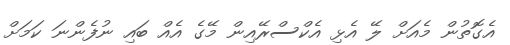
އެގޮތުން މެއަށް ލޭ އެޅި އެކްސްރޭއިން މޭގެ އެއް ބައި ނުފެންނަ ކަމަށް